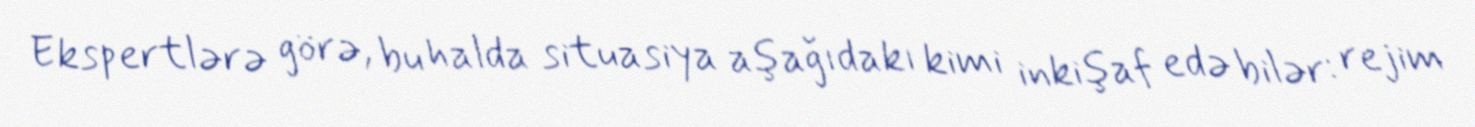
Ekspertlərə görə, bu halda situasiya aşağıdakı kimi inkişaf edə bilər: rejim